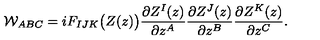
{ \cal W } _ { A B C } = i F _ { I J K } \big ( Z ( z ) \big ) { \frac { \partial Z ^ { I } ( z ) } { \partial z ^ { A } } } { \frac { \partial Z ^ { J } ( z ) } { \partial z ^ { B } } } { \frac { \partial Z ^ { K } ( z ) } { \partial z ^ { C } } } .